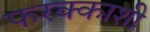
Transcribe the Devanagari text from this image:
फरक्काशी